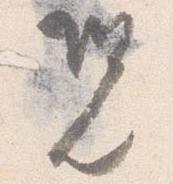
況